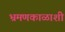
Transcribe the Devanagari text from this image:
भ्रमणकाळाशी